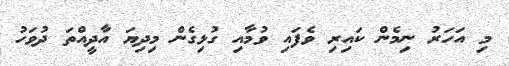
މި އަހަރު ނިމެން ކައިރި ވެފައި ވުމާއި ގުޅިގެން މިދިޔަ އާދީއްތަ ދުވަހު